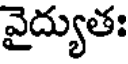
వైద్యుతః